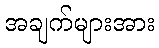
အချက်များအား